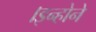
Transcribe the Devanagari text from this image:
।इन्होने